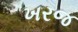
ખરજ